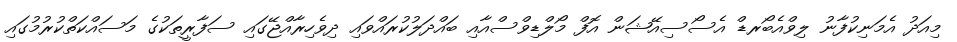
މިއަދު އެމަނިކުފާނު ލިވްއެބޯރޑް އެސޯސިއޭޝަން އޮފް މޯލްޑިވްސްއާއި ބައްދަލުކުރައްވައި ދިވެހިރާއްޖޭގައި ސަފާރީތަކުގެ މަސައްކަތްކުރުމުގައި